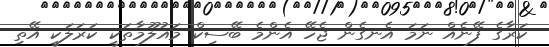
ކަރާގެ ފޭނެއް ނަމަ އެނގެން ޖެހޭ އެންމެ ބޭސިކް މައުލޫމާތަކީ ކަރަލަކީ އޭތި